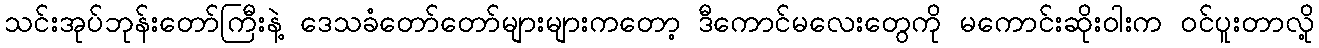
သင်းအုပ်ဘုန်းတော်ကြီးနဲ့ ဒေသခံတော်တော်များများကတော့ ဒီကောင်မလေးတွေကို မကောင်းဆိုးဝါးက ဝင်ပူးတာလို့